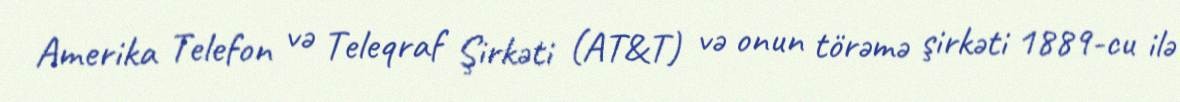
Amerika Telefon və Teleqraf Şirkəti (AT&T) və onun törəmə şirkəti 1889-cu ilə